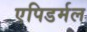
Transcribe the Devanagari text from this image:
एपिडर्मल